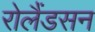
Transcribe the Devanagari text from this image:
रोलैंडसन